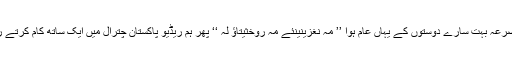
یہ مصرعہ بہت سارے دوستوں کے یہاں عام ہوا ’’ مہ نغزینینئے مہ روخثیتاؤ لہ ‘‘ پھر ہم ریڈیو پاکستان چترال میں ایک ساتھ کام کرتے رہے ۔